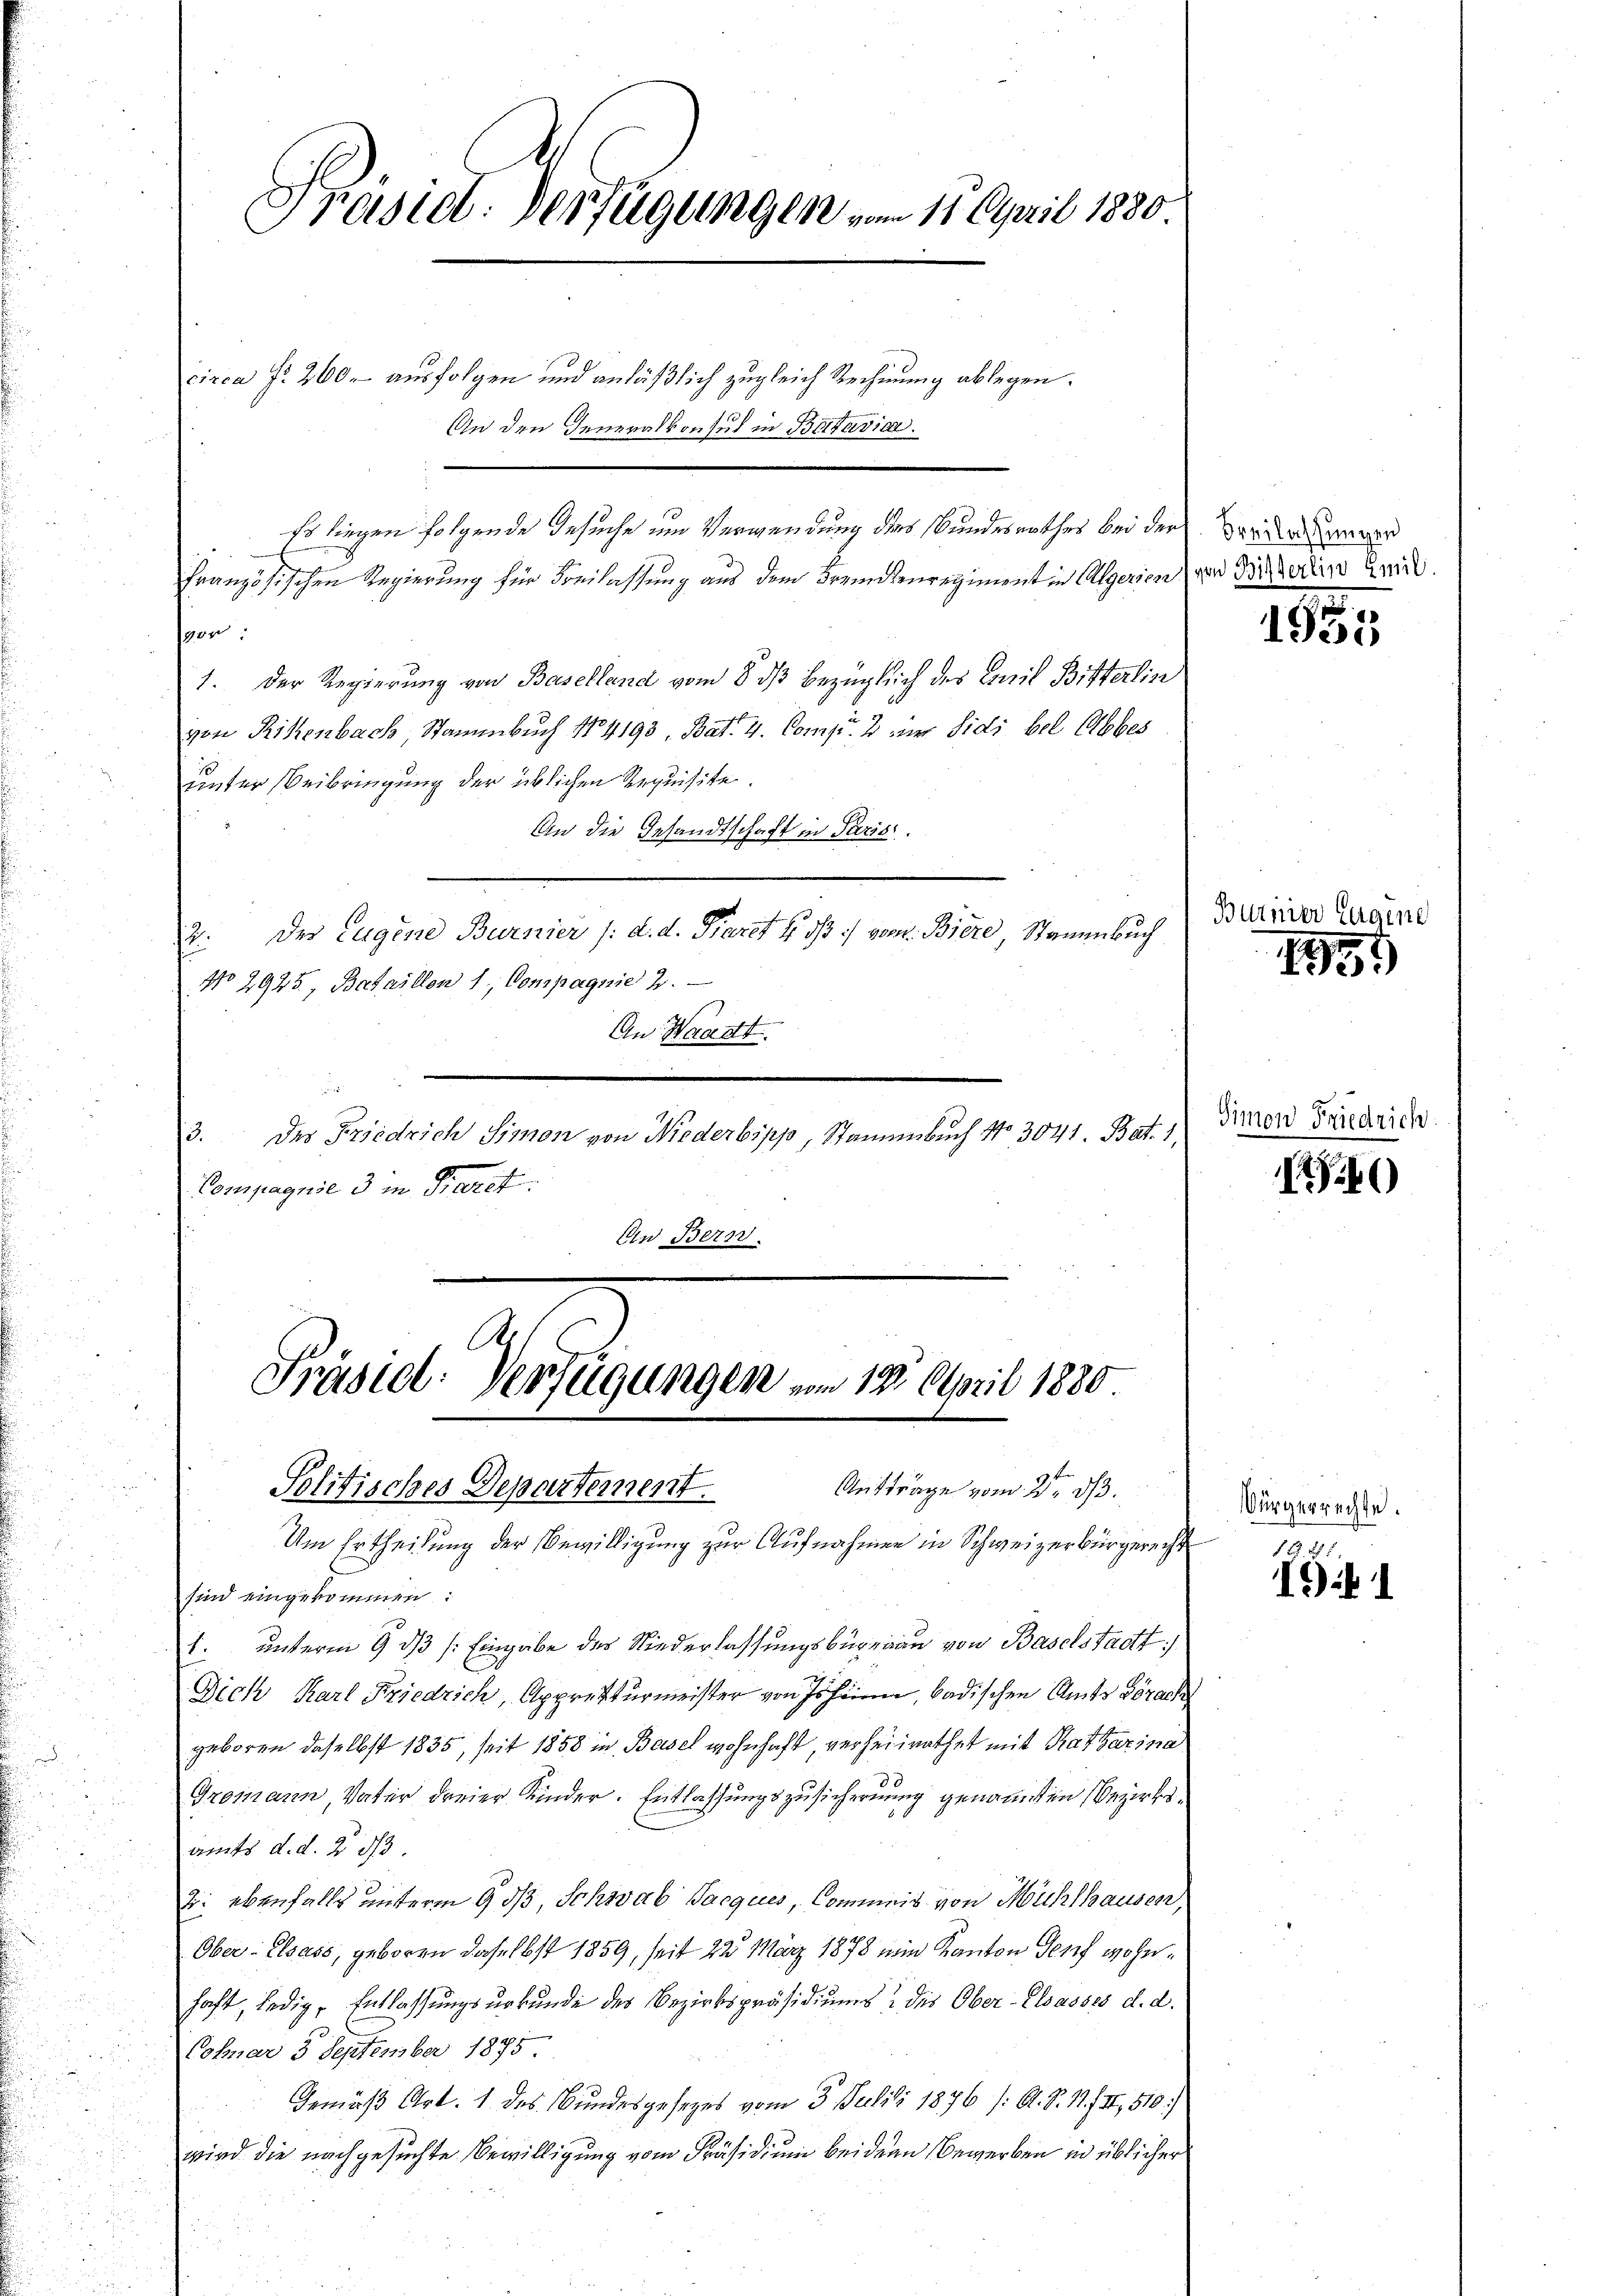
Prasidl: Verfügungen vom 11. April 1880.

circa Fr. 260 ausfolgen und anläßlich zugleich Rechnung ablegen.
An den Generalkonsul in Batavia.
so liegen folgende Gesuche um Verwendung des Bundesrathes bei der von den seiner
Französischen Regierung für Freilassung aus dem Fremdenregiment in Algerien und Förderlin wird.
1
1. Der Regierung von Baselland vom 8. ds bezüglich des Comit Bitterlin
von Rikenbach, Stammbuch N4193, Bat. 4. Comp. 2 iner Sidi bel Abbes
unter Beibringung der üblichen Serquisite.
An die Gesandtschaft in Paris.
Der Eugene Burnier /: d. d. Pieret 4. ds. vom Biere, Stauenbuch
2.
No 2925., Bataillon 1, Compagnie 2.
An Waantt
3. des Friedrich Simon von Niederbipp, Stammsbuch No 3041. Bat. 1
Compagnie 3 in Paret.
An Bern.

Präsid. Verfügungen vom 18. April 1880.
Auftrage vom 25. dß.
Solitisches Departement.

Um Ertheilung der Bewilligung zur Aufnahmen in Schweizerbürgerecht
sind eingekommen:
1. unterm 9. dβ (: Eingabe des Niederlassungsbügerau von Baselstadt)
Dich Karl Friedrich, Apprekturmeister von sein, badischen Amts Sprach
geboren, daselbst 1835, seit 1858 in Basel wohnhaft, verheirathet mit Ratharina
Gromann, Vater dreier Kinder. Entlassungszusicherung genannten Bezirksamts d. d. 2. 33
: ebenfalls unterm 9 d, Schwab Jacques, Commis von Mühlhausen,
Ober- Elsass, geboren daselbst 1859, seit 22 März 1878 ein Kanton Genf wohnhaft, ledig, Entlassungsurkunde des Bezirkspräsidiums des Ober-Elsasses d. d.
Cobuar 5 September 1875
Gemäß Art. 1 des Bundesgesezes vom 3. Julii 1876 /: A. S. 11. II, 510.
wird die nachgesuchte Bewilligung vom Präsidium beider Bewerben in üblicher

Burnier
.

1955

1

Agene

Simon Friedrich.

Iik)

Bürgerrechte.

.
91